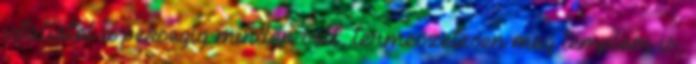
istallotol a peksegig minden volt, termeszetesen meg templom is,